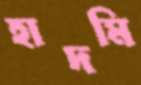
হাদমি